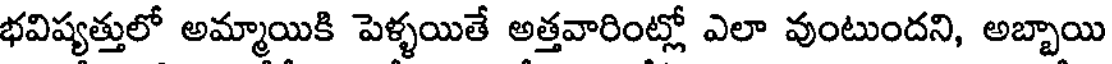
భవిష్యత్తులో అమ్మాయికి పెళ్ళయితే అత్తవారింట్లో ఎలా వుంటుందని, అబ్బాయి